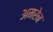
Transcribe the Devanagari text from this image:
अमरेन